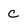
Character: c